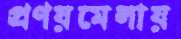
প্রণয়মেলায়